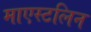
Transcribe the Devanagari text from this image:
माएस्टलिन